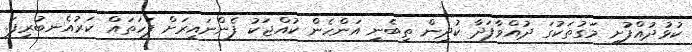
ކުޅުދުއްފުށީ މަގުތަކުގަ ދުއްވާފަދާ ކުދިން ތިބެނީ އަންހެން ކުއްޖަކު ފެންނައިރަށް ފަހަތައް ކަރުއެނބުރިފަ.